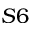
S 6